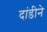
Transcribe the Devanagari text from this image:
दांडीने